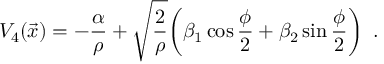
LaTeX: V _ { 4 } ( \vec { x } ) = - { \frac { \alpha } { \rho } } + \sqrt { \frac { 2 } { \rho } } \bigg ( \beta _ { 1 } \cos { \frac { \phi } { 2 } } + \beta _ { 2 } \sin { \frac { \phi } { 2 } } \bigg ) \enspace .